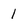
Character: 1